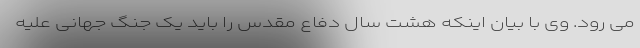
می رود. وی با بیان اینکه هشت سال دفاع مقدس را باید یک جنگ جهانی علیه